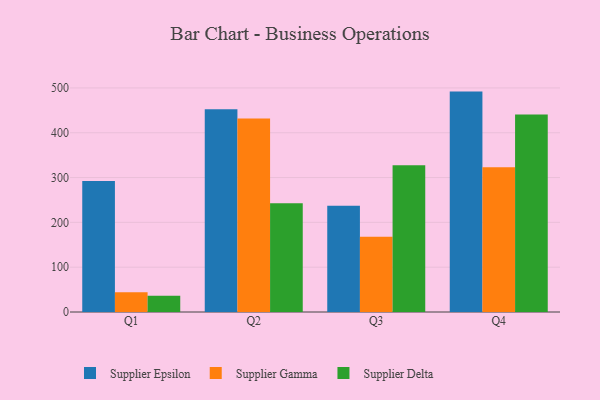
{"axis": {"x": "Quarter", "y": "Demand Index"}, "legend": ["Supplier Delta", "Supplier Epsilon", "Supplier Gamma"], "data": [{"x": "Q1", "y": 292.4, "type": "Supplier Epsilon"}, {"x": "Q1", "y": 43.8, "type": "Supplier Gamma"}, {"x": "Q1", "y": 36.4, "type": "Supplier Delta"}, {"x": "Q2", "y": 452.5, "type": "Supplier Epsilon"}, {"x": "Q2", "y": 431.7, "type": "Supplier Gamma"}, {"x": "Q2", "y": 242.5, "type": "Supplier Delta"}, {"x": "Q3", "y": 237.1, "type": "Supplier Epsilon"}, {"x": "Q3", "y": 168.1, "type": "Supplier Gamma"}, {"x": "Q3", "y": 327.3, "type": "Supplier Delta"}, {"x": "Q4", "y": 491.8, "type": "Supplier Epsilon"}, {"x": "Q4", "y": 323.2, "type": "Supplier Gamma"}, {"x": "Q4", "y": 440.9, "type": "Supplier Delta"}]}